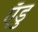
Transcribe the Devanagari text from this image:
एँडु